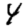
Digit: 4